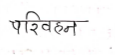
मजकूर: परिवहन